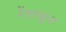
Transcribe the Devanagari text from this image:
रेंगाळून